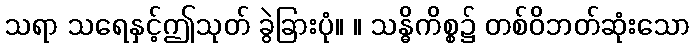
သရာ သရေနှင့်ဤသုတ် ခွဲခြားပုံ။ ။ သန္ဓိကိစ္စ၌ တစ်ဝိဘတ်ဆုံးသော